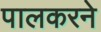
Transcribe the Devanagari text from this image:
पालकरने